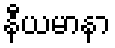
နီယမာနာ